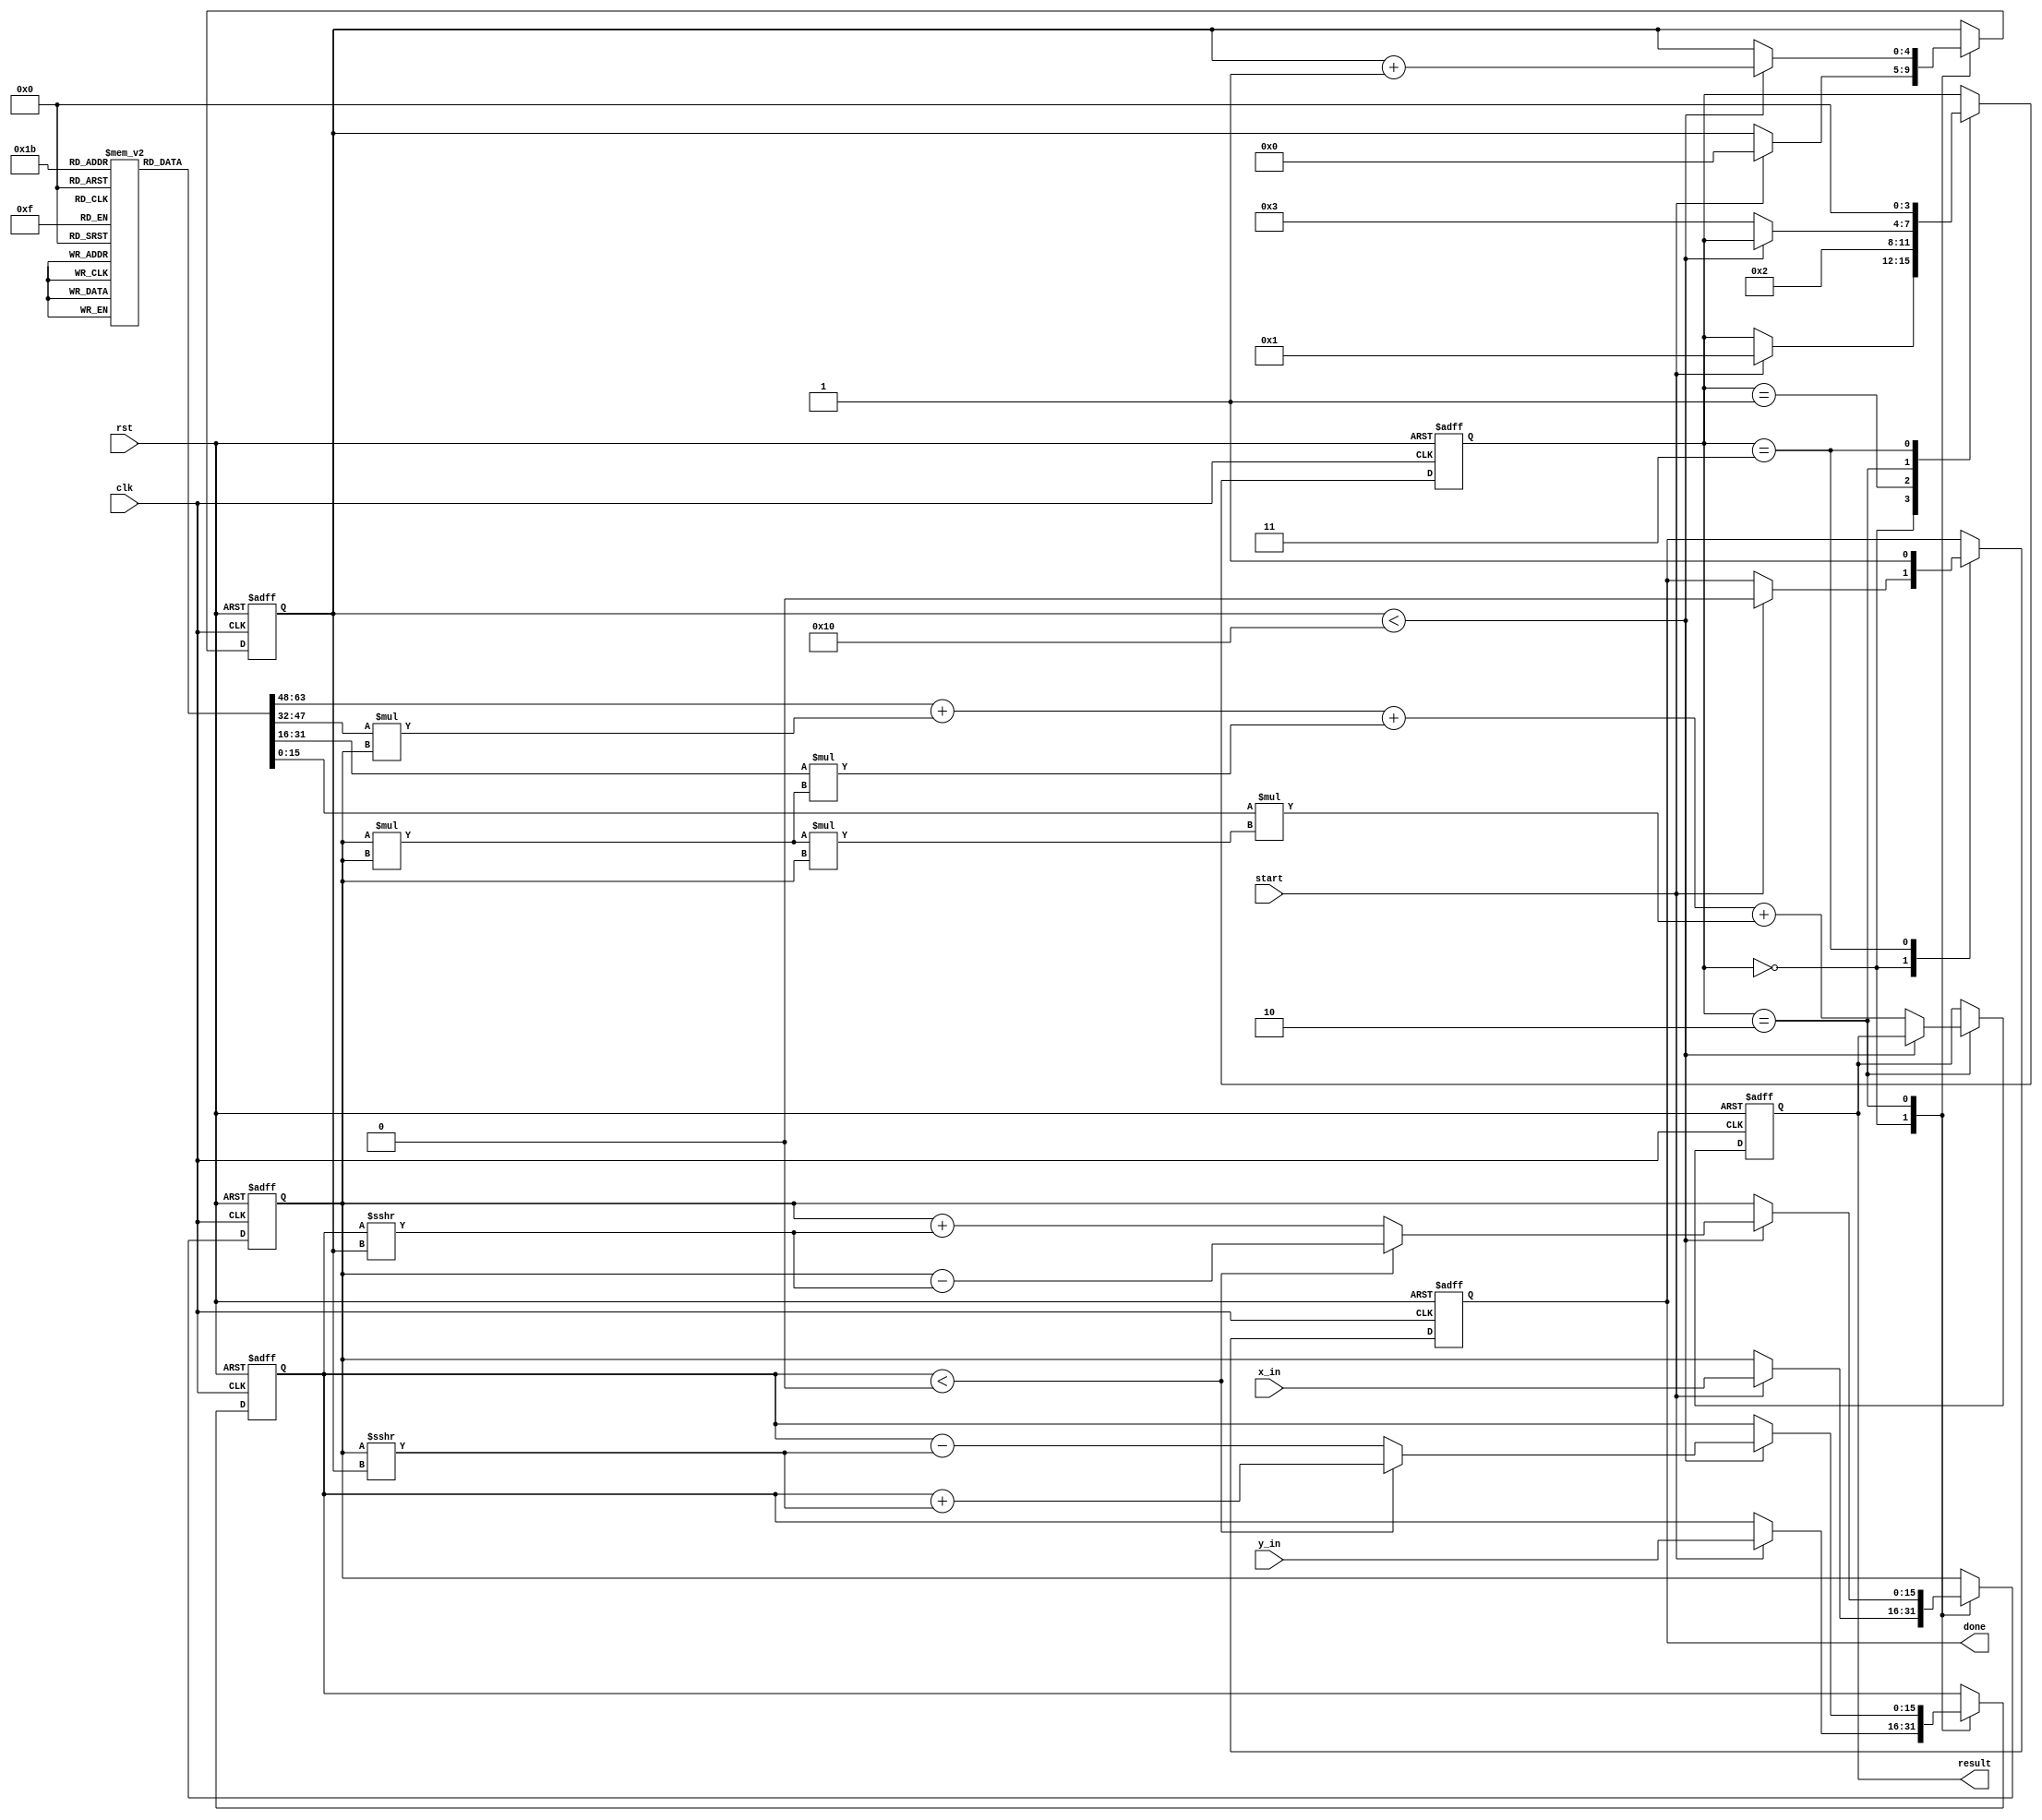
module cordic_polynomial_evaluator #(
    parameter WIDTH       = 16,       // Input/Output width
    parameter ITERATIONS  = 16,       // Number of CORDIC iterations
    parameter POLY_DEGREE = 3         // Degree of polynomial
)(
    input  wire clk,
    input  wire rst,
    input  wire start,
    input  wire signed [WIDTH-1:0] x_in,  // Input x
    input  wire signed [WIDTH-1:0] y_in,  // Input y
    output reg signed [WIDTH-1:0] result,  // Polynomial result
    output reg done
);

// Internal signals
reg [WIDTH-1:0] x, y;
reg [WIDTH-1:0] angle_table [0:ITERATIONS-1]; // Angle table
reg signed [WIDTH-1:0] coeffs [0:POLY_DEGREE]; // Polynomial coefficients
reg [4:0] iteration_counter;
reg [3:0] state;

localparam IDLE = 0;
localparam INIT = 1;
localparam CORDIC_ROTATE = 2;
localparam OUTPUT = 3;

// Initializing the angle table and polynomial coefficients
initial begin
    // Populate angle table with arctan(2^-i) values in fixed-point format
    angle_table[0] = 16'h0000; // atan(1) = 0
    angle_table[1] = 16'h3C90; // atan(0.5) = 26.57 degrees
    angle_table[2] = 16'h3C30; // atan(0.25) = 14.04 degrees
    // Add more angle values as needed for more iterations...

    // Polynomial coefficients for f(x) = a0 + a1*x + a2*x^2 + ...
    coeffs[0] = 16'h0001; // a0
    coeffs[1] = 16'h0002; // a1
    coeffs[2] = 16'h0001; // a2
    coeffs[3] = 16'h0000; // a3
end

// Sequential logic for CORDIC operation
always @(posedge clk or posedge rst) begin
    if (rst) begin
        x <= 0;
        y <= 0;
        result <= 0;
        iteration_counter <= 0;
        done <= 0;
        state <= IDLE;
    end else begin
        case (state)
            IDLE: begin
                if (start) begin
                    x <= x_in;
                    y <= y_in;
                    iteration_counter <= 0;
                    done <= 0;
                    state <= INIT;
                end
            end
            
            INIT: begin
                // Initialize CORDIC rotation process
                state <= CORDIC_ROTATE;
            end
            
            CORDIC_ROTATE: begin
                if (iteration_counter < ITERATIONS) begin
                    if (y < 0) begin
                        // Rotate clockwise
                        y <= y + (x >>> iteration_counter);
                        x <= x - (y >>> iteration_counter);
                    end else begin
                        // Rotate counter-clockwise
                        y <= y - (x >>> iteration_counter);
                        x <= x + (y >>> iteration_counter);
                    end
                    iteration_counter <= iteration_counter + 1;
                end else begin
                    // Final polynomial evaluation
                    result <= coeffs[0] + coeffs[1]*x + coeffs[2]*(x*x) + coeffs[3]*(x*x*x);
                    state <= OUTPUT;
                end
            end
            
            OUTPUT: begin
                done <= 1;  // Indicate that the operation is done
                state <= IDLE;
            end
            
        endcase
    end
end

endmodule